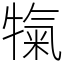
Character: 犔